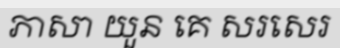
ភាសា យួន គេ សរសេរ